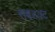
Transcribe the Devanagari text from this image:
सबडक्ट